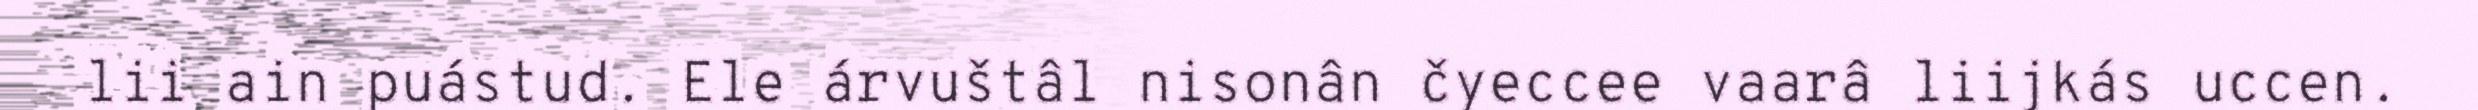
lii ain puástud. Ele árvuštâl nisonân čyeccee vaarâ liijkás uccen.